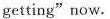
getting"now.